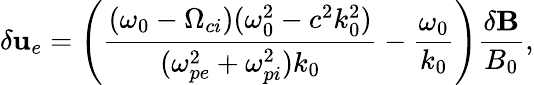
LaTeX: \delta{\mathbf u}_{e}=\left(\frac{(\omega_{0}-\Omega_{ci})(\omega_{0}^{2}-c^{2}k_{0}^{2})}{(\omega_{pe}^{2}+\omega_{pi}^{2})k_{0}}-\frac{\omega_{0}}{k_{0}}\right)\frac{\delta{\mathbf B}}{B_{0}},